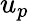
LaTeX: u_{p}